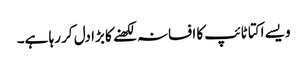
ویسے اکتا ٹائپ کا افسانہ لکھنے کا بڑا دل کر رہا ہے۔